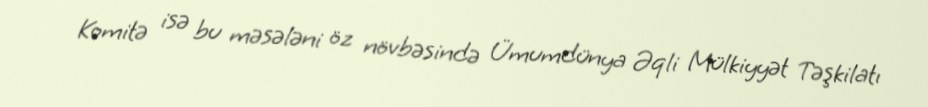
Komitə isə bu məsələni öz növbəsində Ümumdünya Əqli Mülkiyyət Təşkilatı